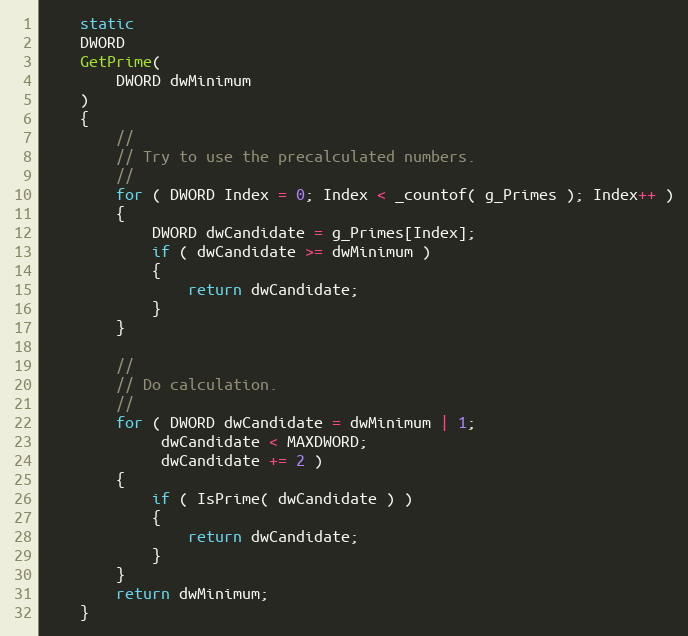
Language: C
    static
    DWORD
    GetPrime(
        DWORD dwMinimum
    )
    {
        //
        // Try to use the precalculated numbers.
        //
        for ( DWORD Index = 0; Index < _countof( g_Primes ); Index++ )
        {
            DWORD dwCandidate = g_Primes[Index];
            if ( dwCandidate >= dwMinimum )
            {
                return dwCandidate;
            }
        }

        //
        // Do calculation.
        //
        for ( DWORD dwCandidate = dwMinimum | 1;
             dwCandidate < MAXDWORD;
             dwCandidate += 2 )
        {
            if ( IsPrime( dwCandidate ) )
            {
                return dwCandidate;
            }
        }
        return dwMinimum;
    }